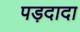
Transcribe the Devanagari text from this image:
पड़दादा